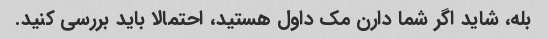
بله، شاید اگر شما دارن مک داول هستید، احتمالا باید بررسی کنید.